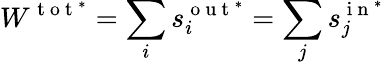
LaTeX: W^{\mathrm{~t~o~t~}^{*}}=\sum_{i}s_{i}^{\mathrm{~o~u~t~}^{*}}=\sum_{j}s_{j}^{\mathrm{~i~n~}^{*}}